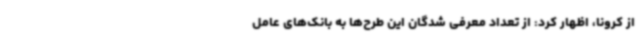
از کرونا، اظهار کرد: از تعداد معرفی شدگان این طرح‌ها به بانک‌های عامل